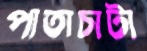
পাতাচাটা